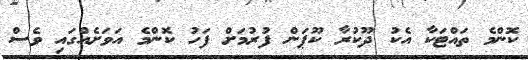
ކޮންމެ ތައްޓަކާ އެކު ދޫކުރާ ކޫޕަން ފުރުމަށް ފަހު ކޮންމެ އަވަށެއްގައި ވެސް